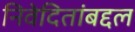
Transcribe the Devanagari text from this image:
निवेदितांबद्दल